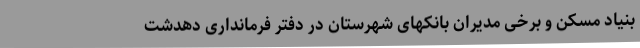
بنیاد مسکن و برخی مدیران بانکهای شهرستان در دفتر فرمانداری دهدشت